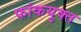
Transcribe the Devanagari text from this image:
फांकयुक्त